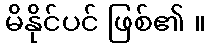
မိနိုင်ပင် ဖြစ်၏ ။